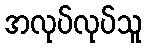
အလုပ်လုပ်သူ